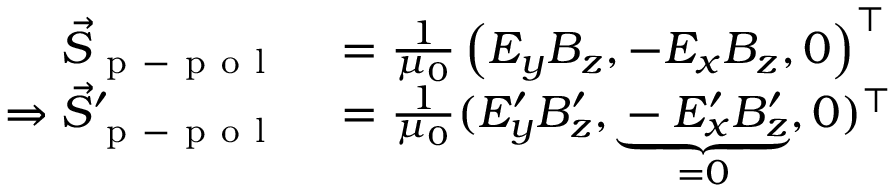
\begin{array} { r l } { \vec { S } _ { \mathrm { ~ p ~ - ~ p ~ o ~ l ~ } } } & { { } = \frac { 1 } { \mu _ { 0 } } \left( E _ { y } B _ { z } , - E _ { x } B _ { z } , 0 \right) ^ { \top } } \\ { \Rightarrow \vec { S } _ { \mathrm { ~ p ~ - ~ p ~ o ~ l ~ } } ^ { \prime } } & { { } = \frac { 1 } { \mu _ { 0 } } ( E _ { y } ^ { \prime } B _ { z } ^ { \prime } , \underbrace { - E _ { x } ^ { \prime } B _ { z } ^ { \prime } } _ { = 0 } , 0 ) ^ { \top } } \end{array}